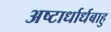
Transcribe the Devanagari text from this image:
अष्टार्धार्धबाहु